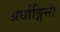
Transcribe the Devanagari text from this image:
अर्धाङ्गिनी